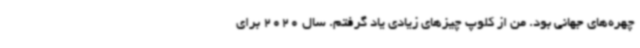
چهره‌های جهانی بود. من از کلوپ چیزهای زیادی یاد گرفتم. سال 2020 برای